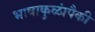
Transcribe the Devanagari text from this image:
भाषाकुळांपैकी